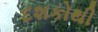
દશકોથી